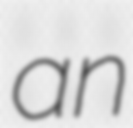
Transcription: an